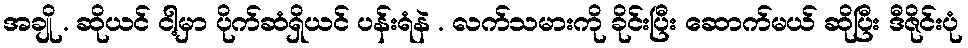
အချို . ဆိုယင် ငါ့မှာ ပိုက်ဆံရှိယင် ပန်းရံနဲ . လက်သမားကို ခိုင်းပြီး ဆောက်မယ် ဆိုပြီး ဒီဇိုင်းပုံ